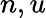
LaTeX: n,u